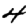
Digit: 4